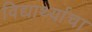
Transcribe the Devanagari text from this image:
विद्यार्थ्याचा